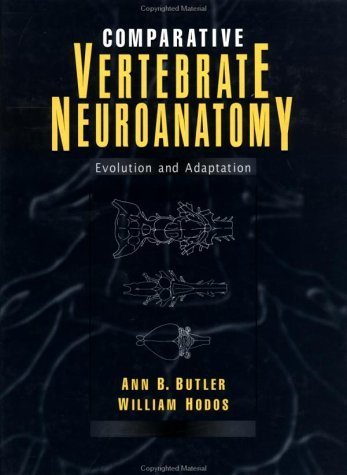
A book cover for Comparative Vertebrate Neuroanatomy: Evolution and Adaptation 1st edition by Butler, Ann B.; Hodos, William published by Wiley-Liss Hardcover; Medical Books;